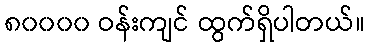
၈၀၀၀၀ ဝန်းကျင် ထွက်ရှိပါတယ်။